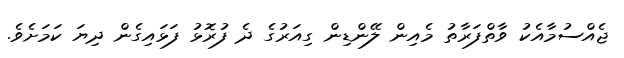
ޖެއްސުމާއެކު ވާތްފަރާތު މެއިން ލޭންޑިން ގިއަރުގެ ދެ ފުރޮޅު ފަޅައިގެން ދިޔަ ކަމަށެވެ.